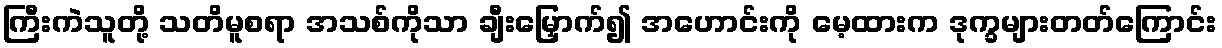
ကြီးကဲသူတို့ သတိမူစရာ အသစ်ကိုသာ ချီးမြှောက်၍ အဟောင်းကို မေ့ထားက ဒုက္ခများတတ်ကြောင်း